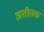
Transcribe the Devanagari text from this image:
अतीतक